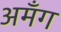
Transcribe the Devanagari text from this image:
अमँग